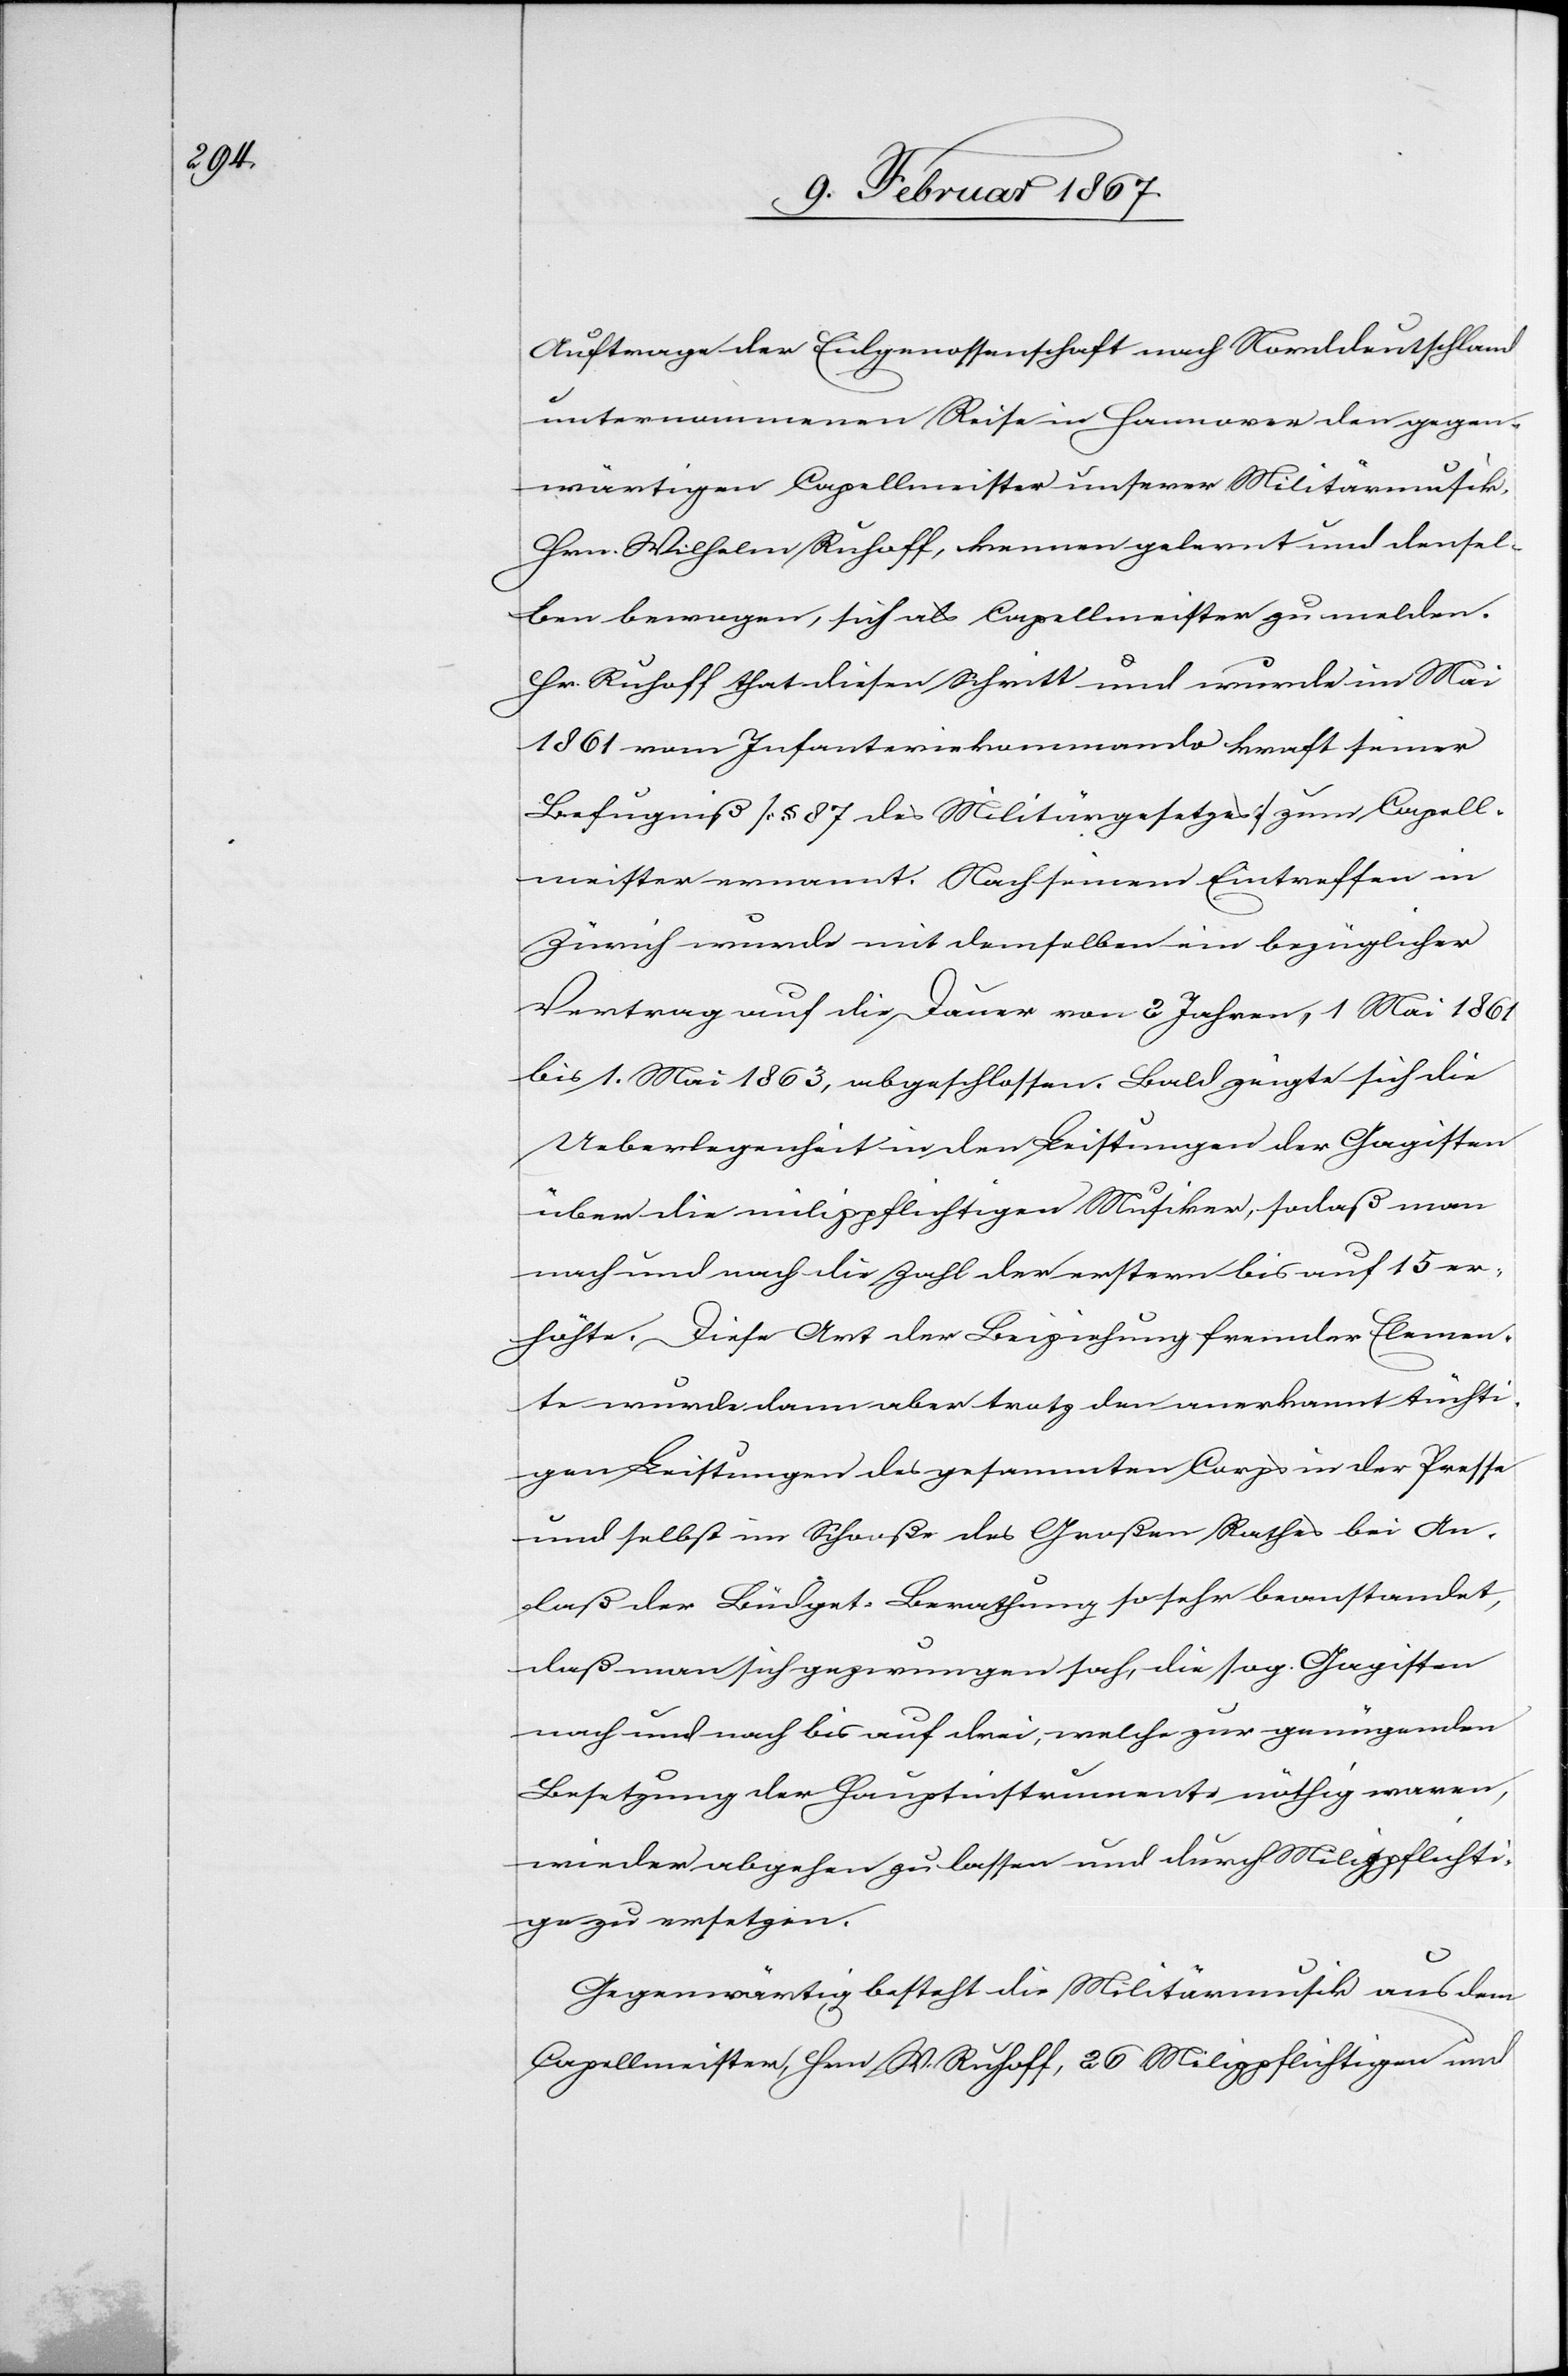
Auftrage der Eidgenossenschaft nach Norddeutschland
unternommenen Reise in Hannover den gegen¬
wärtigen Capellmeister unserer Militärmusik
Hrn. Wilhelm Ruloff, kennen gelernt und densel¬
ben bewogen, sich als Capellmeister zu melden.
Hr. Ruloff that diesen Schritt und wurde im Mai
1861 vom Infanteriekommando kraft seiner
Befugniß [§ 87 des Militärgesetzes] zum Capell¬
meister ernannt. Nach seinem Eintreffen in
Zürich wurde mit demselben ein bezüglicher
Vertrag auf die Dauer von 2 Jahren, 1 Mai 1861
bis 1. Mai 1863, abgeschlossen. Bald zeigte sich die
Ueberlegenheit in den Leistungen der Gagisten
über die milizpflichtigen Musiker, sodaß man
nach und nach die Zahl der erstern bis auf 15 er¬
höhte. Diese Art der Beiziehung fremder Elemen¬
te wurde dann aber trotz den anerkannt tüchti¬
gen Leistungen des gesammten Corps in der Presse
und selbst im Schoße des Großen Rathes bei An¬
laß der Budget-Berathung so sehr beanstandet,
daß man sich gezwungen sah, die sog. Gagisten
nach und nach bis auf drei, welche zur genügenden
Besetzung der Hauptinstrumente nöthig waren,
wieder abgehen zu lassen und durch Milizpflichti¬
ge zu ersetzen.
Gegenwärtig besteht die Militärmusik aus dem
Capellmeister, Hrn W. Ruloff, 26 Milizpflichtigen und